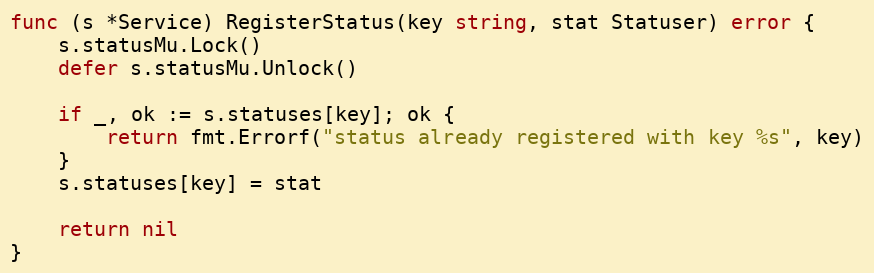
Language: Go
func (s *Service) RegisterStatus(key string, stat Statuser) error {
	s.statusMu.Lock()
	defer s.statusMu.Unlock()

	if _, ok := s.statuses[key]; ok {
		return fmt.Errorf("status already registered with key %s", key)
	}
	s.statuses[key] = stat

	return nil
}